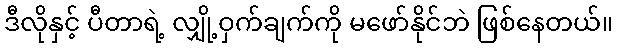
ဒီလိုနှင့် ပီတာရဲ့ လျှို့ဝှက်ချက်ကို မဖော်နိုင်ဘဲ ဖြစ်နေတယ်။